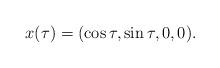
LaTeX: \begin{align*}x(\tau)=(\cos \tau, \sin \tau, 0, 0).\end{align*}